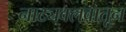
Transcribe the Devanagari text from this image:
नाट्यक्लबातून